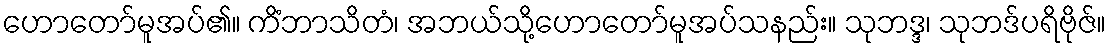
ဟောတော်မူအပ်၏။ ကိံဘာသိတံ၊ အဘယ်သို့ဟောတော်မူအပ်သနည်း။ သုဘဒ္ဒ၊ သုဘဒ်ပရိဗိုဇ်။